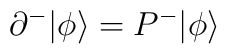
\partial^-|\phi\rangle =P^-|\phi\rangle